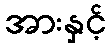
အားနှင့်